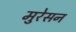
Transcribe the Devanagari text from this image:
मुरेसन